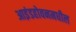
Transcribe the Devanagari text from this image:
आइंडहोवनमधील